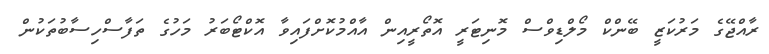
ރާއްޖޭގެ މަރުކަޒީ ބޭންކް މޯލްޑިވްސް މޮނިޓަރީ އޮތޯރީއިން އާއްމުކޮށްފައިވާ އޮކްޓޯބަރު މަހުގެ ތަފާސްހިސާބުތަކުން